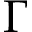
\Gamma